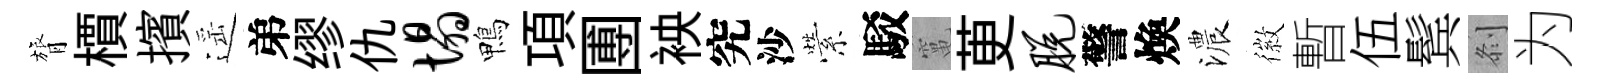
膂檟擯遥弟缪仇塌鴨項圑䘧究沙縈駁𥧄茰脱警煥濃徽暫伍鬂𠛴为